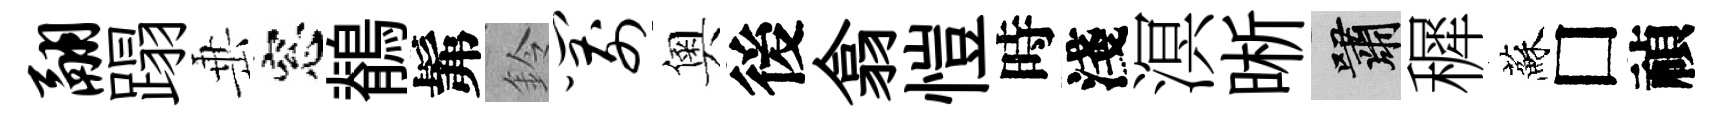
翮蹋𡸁窓鶺髴鈴箭奧後翕愷時淺溟晰嘯穉蘇□禎